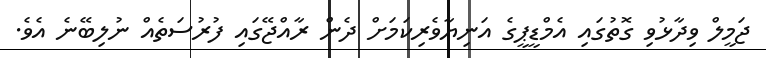
ޖަމީލް ވިދާޅުވި ގޮތުގައި އެމްޑީޕީގެ އަނިޔާވެރިކަމަށް ދެން ރާއްޖޭގައި ފުރުސަތެއް ނުލިބޭނެ އެވެ.